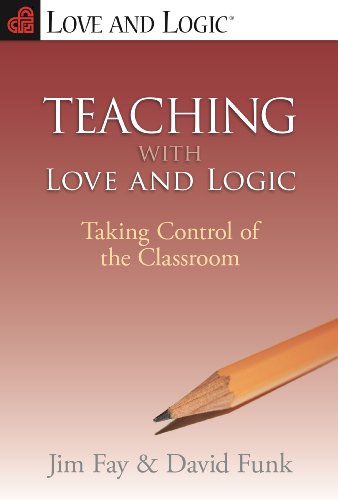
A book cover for Teaching with Love & Logic: Taking Control of the Classroom; Jim Fay; Test Preparation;